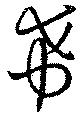
希